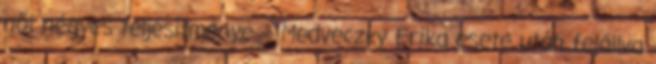
női négyes teljesítménye – Medveczky Erika esete után felállva